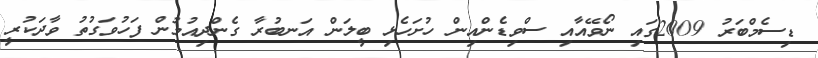
ޑިސެމްބަރު 2009ގައި ނޯވޭއާއި ސްވިޑެންއިން ހުށަހެޅި ބީލަން އަނބުރާ ގެންދިއުމުން ފަހުވަގުތު ވާދަކުރީ